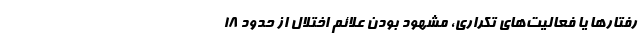
رفتارها یا فعالیت‌های تکراری، مشهود بودن علائم اختلال از حدود ۱۸